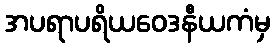
အပရာပရိယဝေဒနီယကံမှ